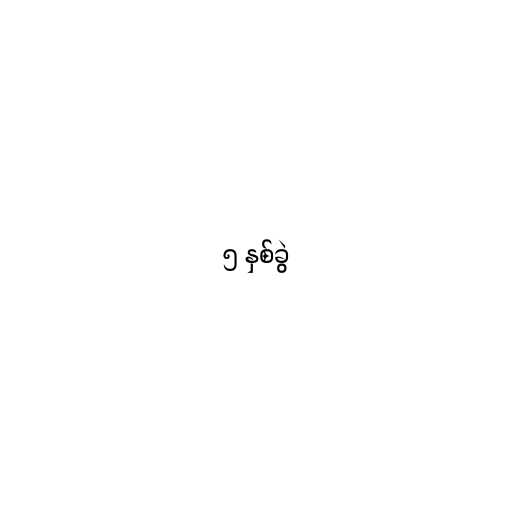
၅ နှစ်ခွဲ